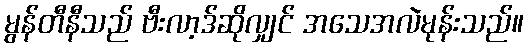
မွန်တီနီသည် ဗီးလာ့ဒ်ဆိုလျှင် အသေအလဲမုန်းသည်။